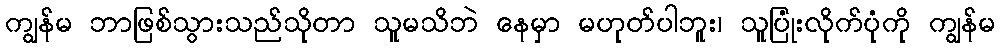
ကျွန်မ ဘာဖြစ်သွားသည်သိုတာ သူမသိဘဲ နေမှာ မဟုတ်ပါဘူး၊ သူပြုံးလိုက်ပုံကို ကျွန်မ